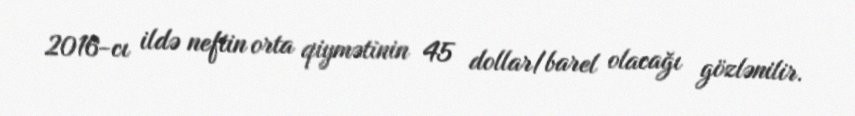
2016-cı ildə neftin orta qiymətinin 45 dollar/barel olacağı gözlənilir.